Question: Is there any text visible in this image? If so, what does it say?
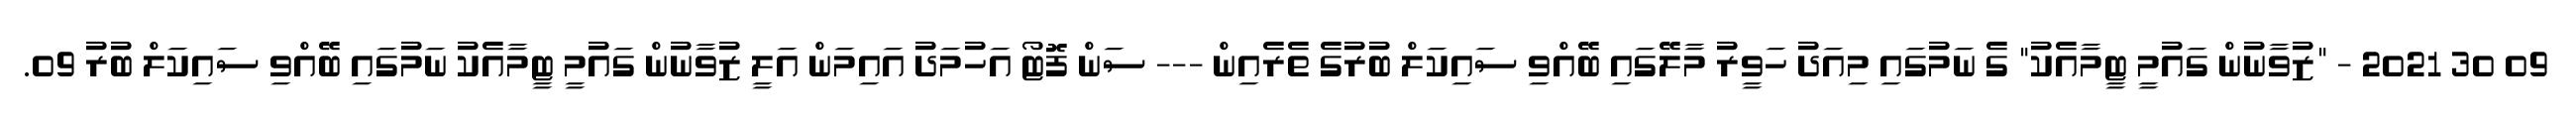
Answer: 09 30 2021 - "ޒުވާނުން ގައުމީ ޓީމާއެކު" ގެ ނަމުގައި މިއަދު ހަވީރު މާލޭގައި ބޭއްވި ސައިކަލް ބުރުގެ ތެރެއިން --- ސަން ފޮޓޯ އަހުމަދު އައިމަން އަލީ ޒުވާނުން ގައުމީ ޓީމާއެކު ނަމުގައި ބޭއްވި ސައިކަލް ބުރު 09.